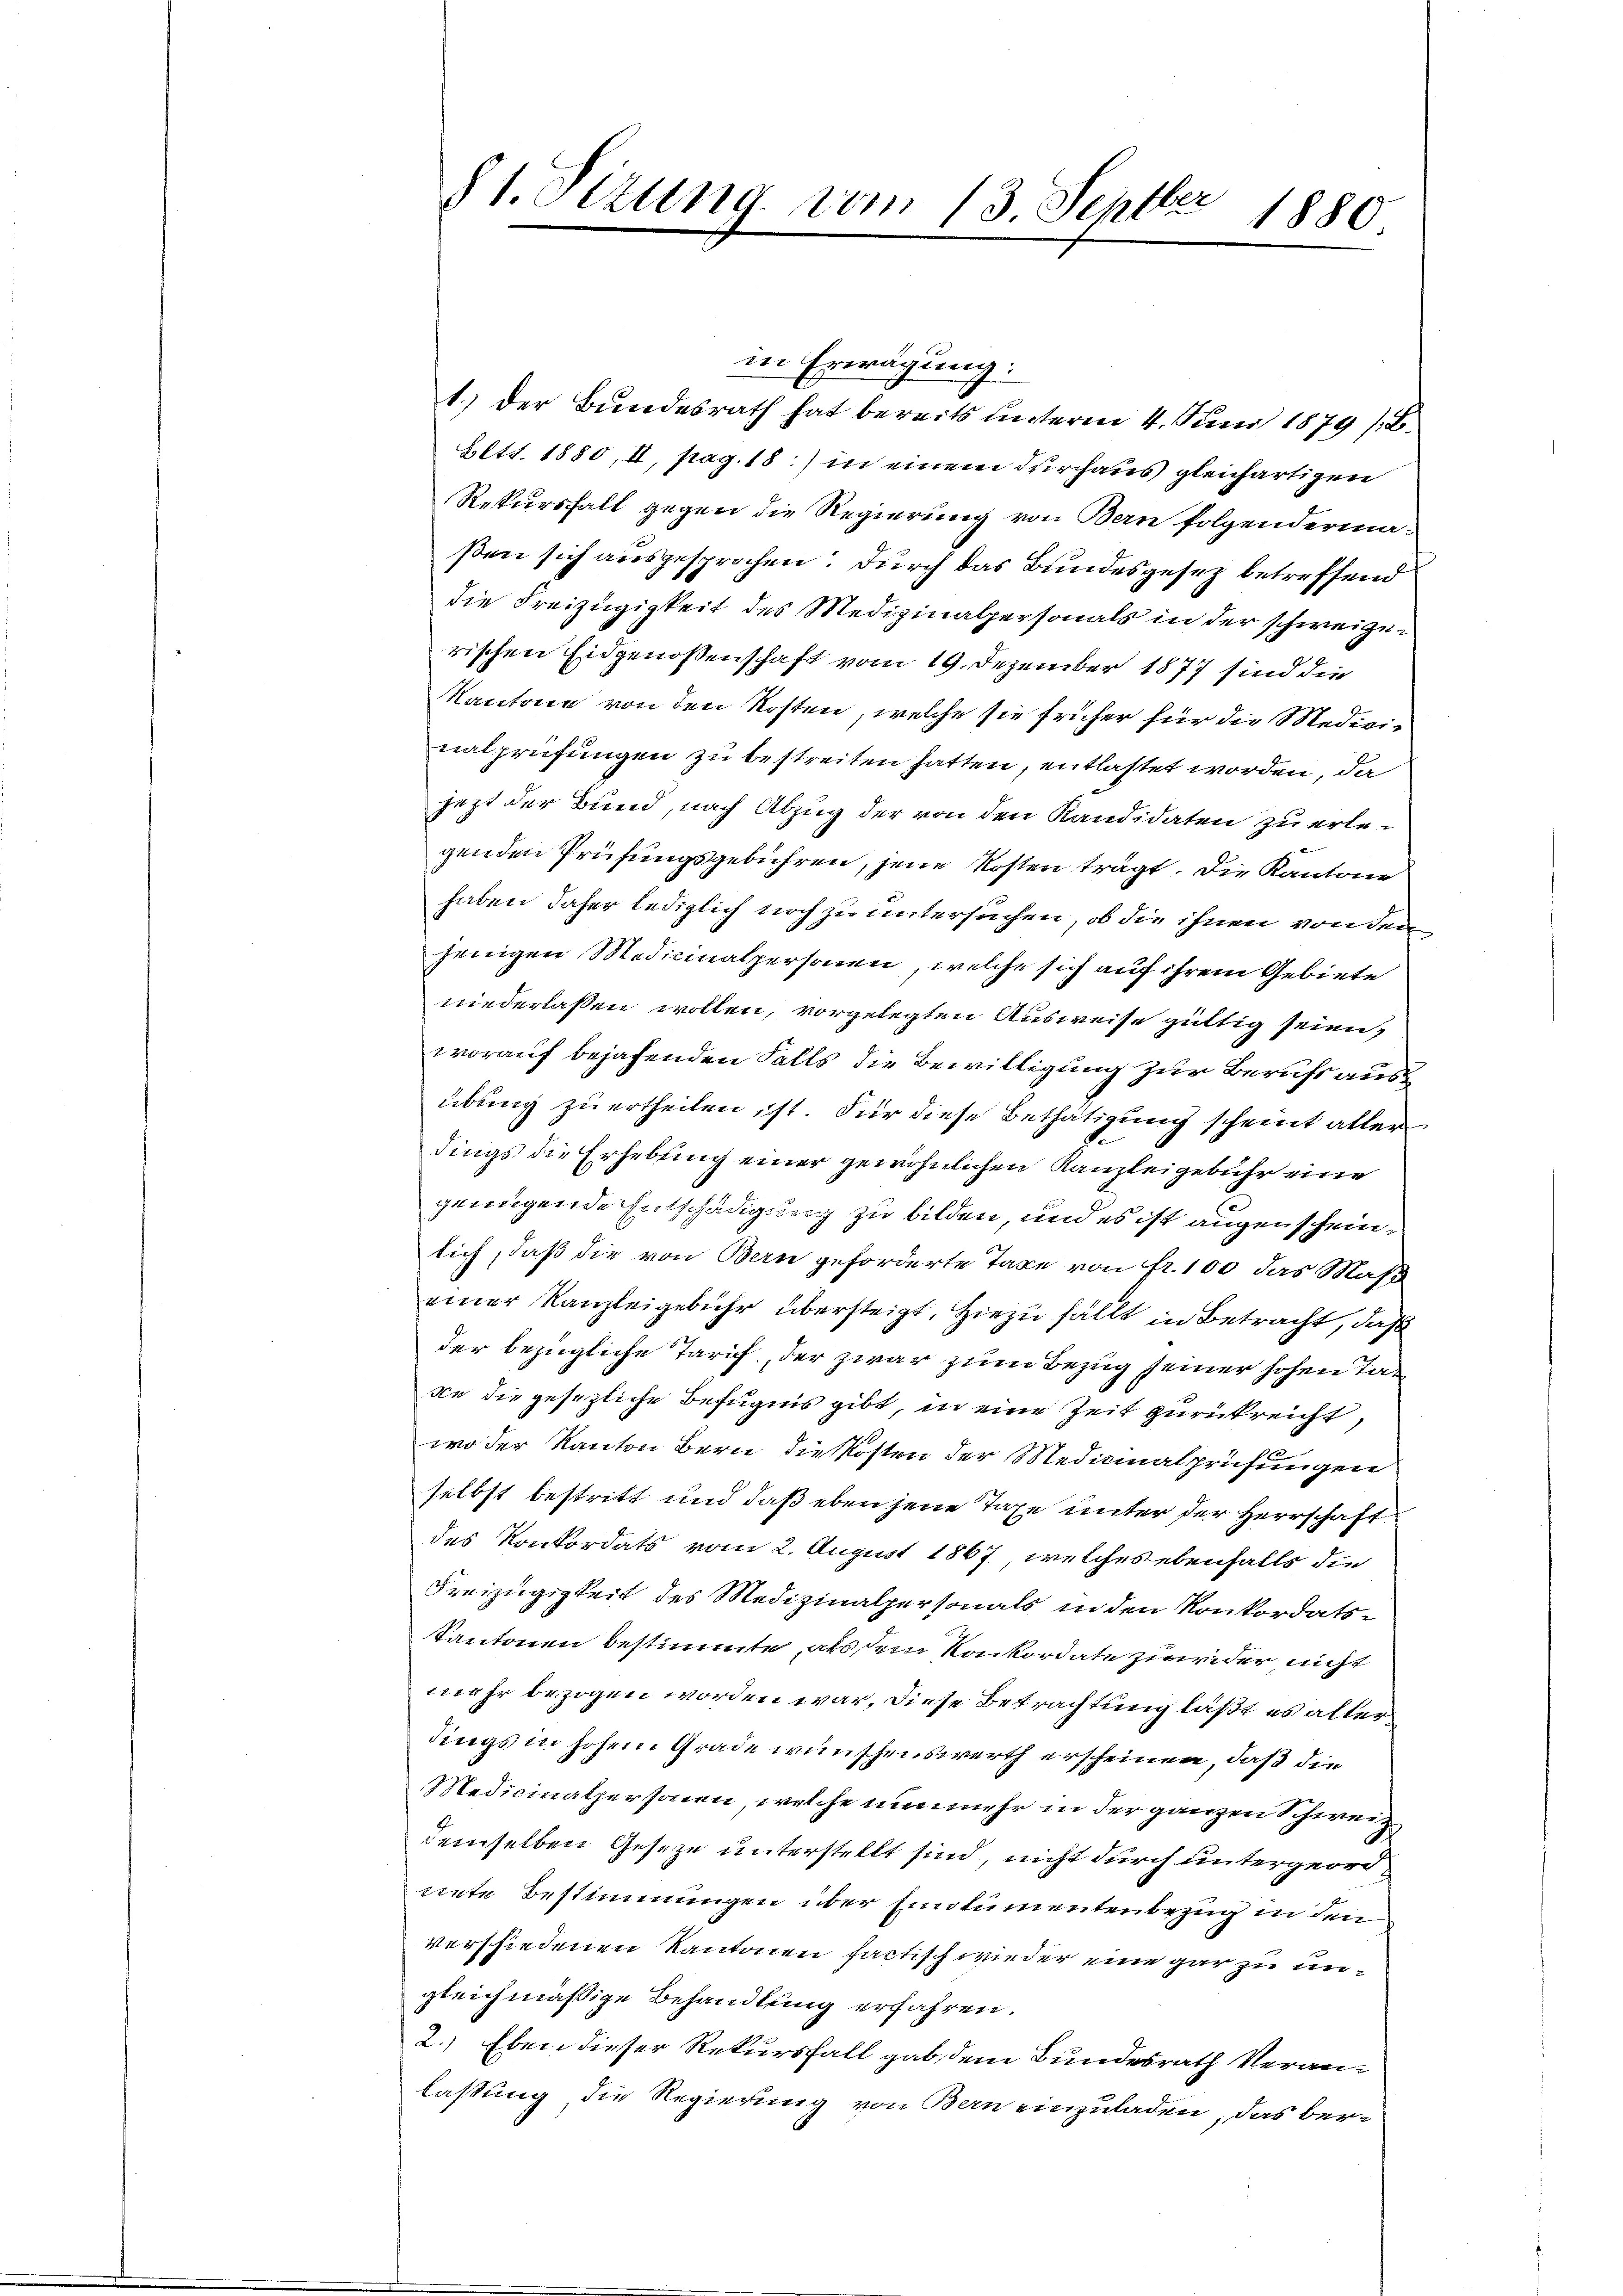
81. Sizung vom 13. Septer
1880

in Erwägung:
1.) Der Bundesrath hat bereits unterm 4. Juni 1879 (B.
Eltt. 1880, II, pag. 18) in einem durchaus gleichartigen
Rekursfall gegen die Regierung von Bern folgendermaßen sich ausgesprochen. Durch das Bundesgesez betreffend
die Freizügigkeit des Medizinalpersonals in der schweizerischen Eidgenossenschaft vom 19. Dezember 1877 sind die
Kantone von den Kosten, welche sie früher für die Medicinalprüfungen zu bestreiten hatten, entlastet worden, da
jezt der Bund, nach Abzug der von den Kandidaten zu erlegenden Prüfungsgebühren, jene Kosten trägt. Die Kantone
haben daher lediglich noch zu untersuchen, ob die ihnen von den
jenigen Medicinalpersonen, welche sich auf ihrem Gebiete
niederlassen wollen, vorgelegten Ausweise gültig seien,
worauf bejahenden Falls die Bewilligung zur Berufs aus
übung zu ertheilen ist. Für diese Bethätigung scheint aller
dings die Erhebung einer gewöhnlichen Kanzleigebühr eine
genügende Entschädigung zu bilden, und es ist augenscheinlich, daß die von Bern geforderte Taxe von fr. 100 das Maß
einer Kanzleigebühr übersteigt. Hiezu fällt in Betracht, daß
der bezügliche Tarif der zwar zum Bezug seiner hohen Tasie die gesezliche Befugnis gibt, in eine Zeit zurückreicht,
wo der Kanton Bern die Kosten der Medicinalprüfungen
selbst bestritt und daß eben jene Taxe unter der Herrschaft
des Konkordats vom 2. August 1867, welches ebenfalls die
Freizügigkeit des Medizinalpersonals in den Konkordats-
Kantonen bestimmte, als sein Konkordate zweider nicht
mehr bezogen worden war, diese Betrachtung läßt es alter
dings in hohem Grade wünschenswerth erscheinen, daß die
Medicinalpersonen, welche nunmehr in der ganzen Schweiz.
demselben Geseze unterstellt sind, nicht durch untergeord
nete Bestimmungen über Emolumentenbezug in den
verschiedenen Kantonen factisch wieder eine gar zu ungleichmäßige Behandlung erfahren.
2.) Eben dieser Rekursfall gab dem Bundesrath Veranlassung die Regierung von Bern einzuladen, das ber-